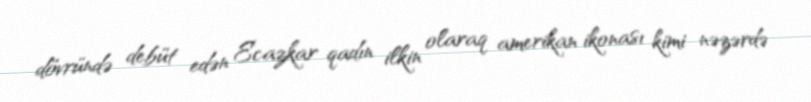
dövründə debüt edən Ecazkar qadın ilkin olaraq amerikan ikonası kimi nəzərdə